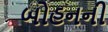
બોહનની